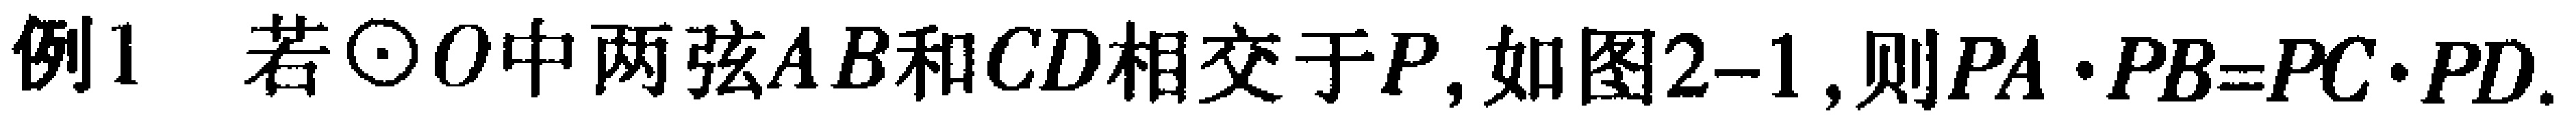
例1 若$\odot O$中两弦$AB$和$CD$相交于$P$, 如图2-1, 则$PA\cdot PB = PC\cdot PD$.